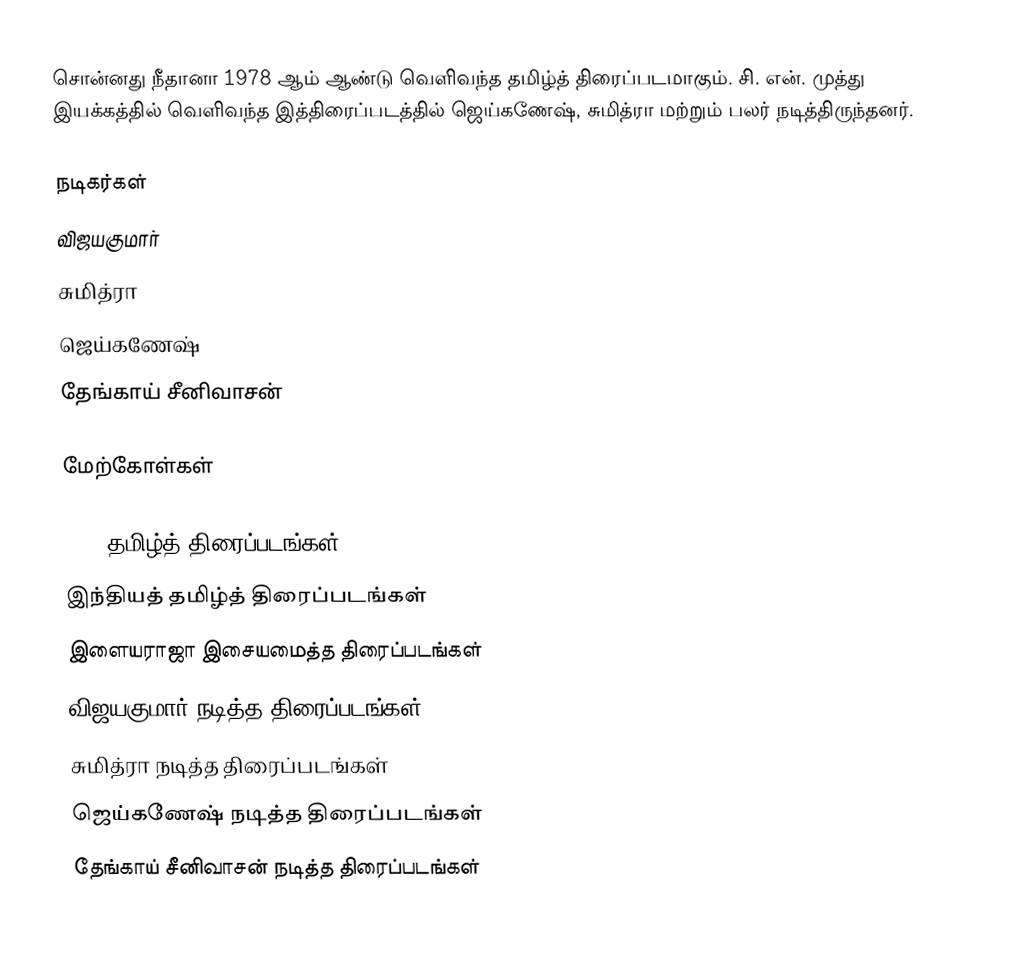
சொன்னது நீதானா 1978 ஆம் ஆண்டு வெளிவந்த தமிழ்த் திரைப்படமாகும். சி. என். முத்து இயக்கத்தில் வெளிவந்த இத்திரைப்படத்தில் ஜெய்கணேஷ், சுமித்ரா மற்றும் பலர் நடித்திருந்தனர்.

நடிகர்கள்
விஜயகுமார்
சுமித்ரா
ஜெய்கணேஷ்
தேங்காய் சீனிவாசன்

மேற்கோள்கள்

1978 தமிழ்த் திரைப்படங்கள்
இந்தியத் தமிழ்த் திரைப்படங்கள்
இளையராஜா இசையமைத்த திரைப்படங்கள்
விஜயகுமார் நடித்த திரைப்படங்கள்
சுமித்ரா நடித்த திரைப்படங்கள்
ஜெய்கணேஷ் நடித்த திரைப்படங்கள்
தேங்காய் சீனிவாசன் நடித்த திரைப்படங்கள்